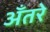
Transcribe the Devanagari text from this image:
अँतरे